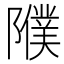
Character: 𨽂